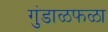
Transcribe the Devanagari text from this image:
गुंडाळफळा